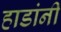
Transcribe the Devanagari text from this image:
हाडांनी